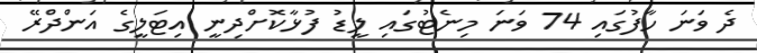
ދެ ވަނަ ހާފުގައި 74 ވަނަ މިނެޓުގައި ލީޑު ފުޅާކޮށްދިނީ އިޓަލީގެ އަންދްރޭ